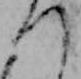
つ